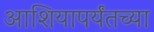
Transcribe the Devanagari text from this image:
आशियापर्यंतच्या